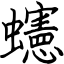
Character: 䘆